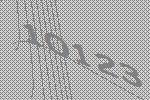
10123